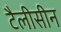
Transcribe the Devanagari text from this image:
टैलीसीन